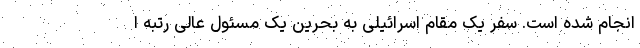
انجام شده است. سفر یک مقام اسرائیلی به بحرین یک مسئول عالی رتبه ا